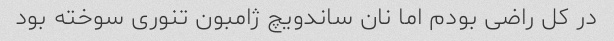
در کل راضی بودم اما نان ساندویچ ژامبون تنوری سوخته بود